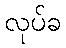
လုပ်ခ